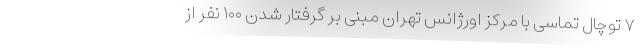
۷ توچال تماسی با مرکز اورژانس تهران مبنی بر گرفتار شدن ۱۰۰ نفر از